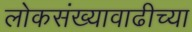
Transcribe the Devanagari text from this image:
लोकसंख्यावाढीच्या